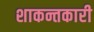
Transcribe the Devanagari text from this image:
शाकन्तकारी